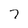
Character: 7